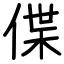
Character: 偞